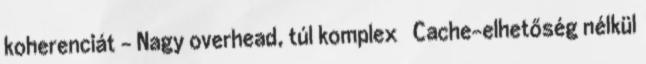
koherenciát – Nagy overhead, túl komplex ● Cache-elhetőség nélkül